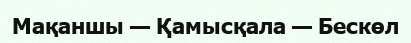
Мақаншы — Қамысқала — Бескөл